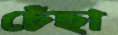
চেঁছা